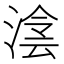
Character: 𣸮